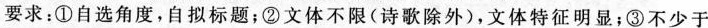
要求：①自选角度。自拟标题；②文体不限(诗歌除外)，文体特征明显；③不少于